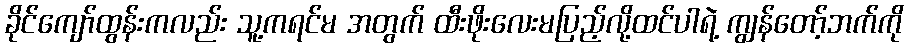
ခိုင်ကျော်ထွန်းကလည်း သူ့ကရင်မ အတွက် ထီးဖိုးလေးမပြည့်လို့ထင်ပါရဲ့ ကျွန်တော့်ဘက်ကို